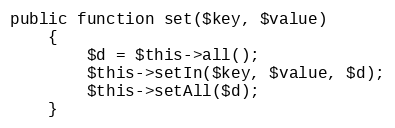
Language: PHP
public function set($key, $value)
    {
        $d = $this->all();
        $this->setIn($key, $value, $d);
        $this->setAll($d);
    }